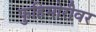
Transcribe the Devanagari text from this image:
फुहिमोरीवर